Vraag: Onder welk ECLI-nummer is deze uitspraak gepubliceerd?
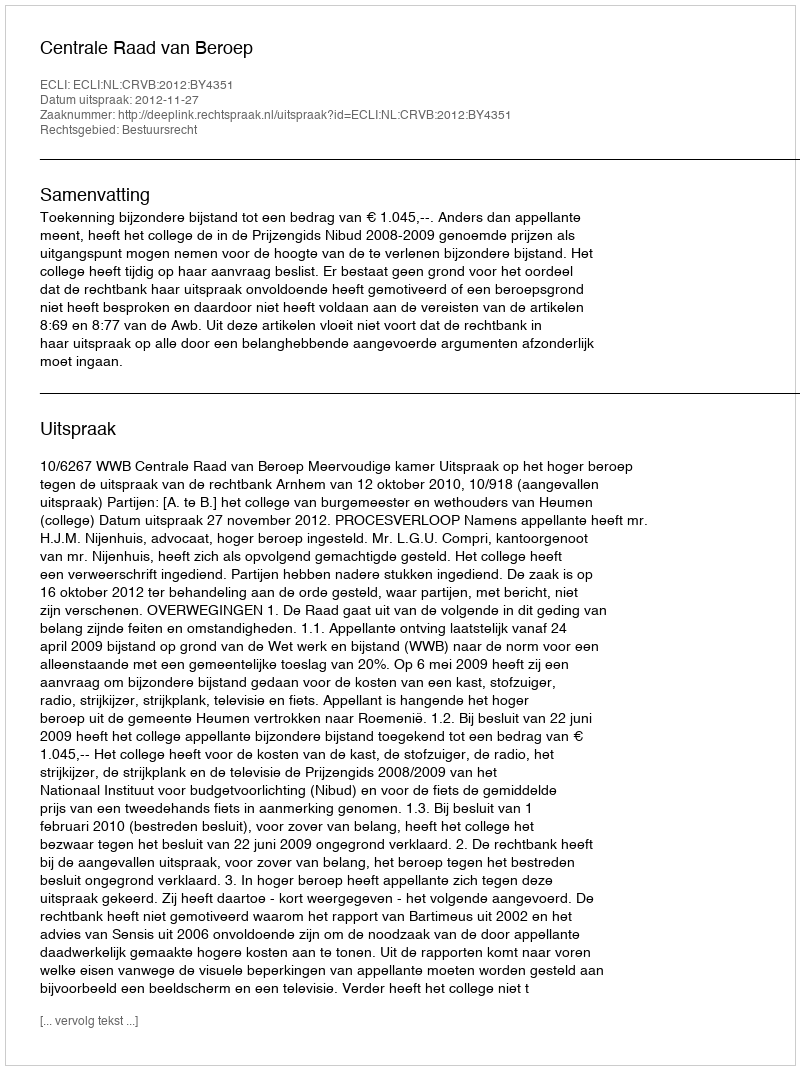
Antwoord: ECLI:NL:CRVB:2012:BY4351